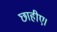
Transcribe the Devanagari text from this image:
छाहीए।